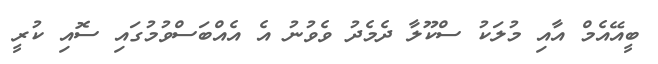
ބީއޭއެމް އާއި މުލަކު ސްކޫލާ ދެމެދު ވެވުނު އެ އެއްބަސްވުމުގައި ސޮއި ކުރީ